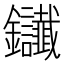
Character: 𨰸